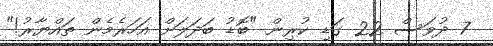
7 ދުވަސް 22 ގަޑި ކުރިން "ބޮޑު ބަދަލަށް އަހަރެމެން ތައްޔާރު!"